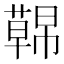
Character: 𮑤